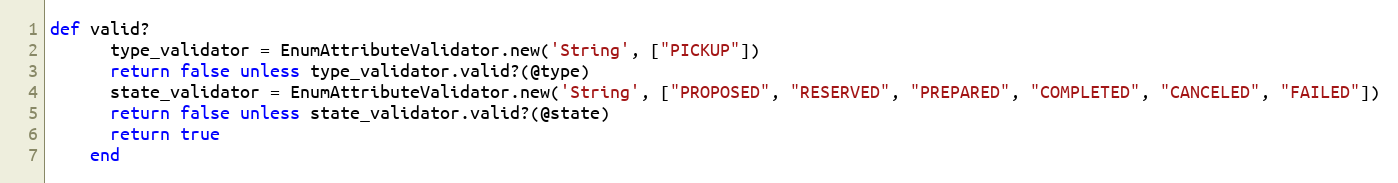
Language: Ruby
def valid?
      type_validator = EnumAttributeValidator.new('String', ["PICKUP"])
      return false unless type_validator.valid?(@type)
      state_validator = EnumAttributeValidator.new('String', ["PROPOSED", "RESERVED", "PREPARED", "COMPLETED", "CANCELED", "FAILED"])
      return false unless state_validator.valid?(@state)
      return true
    end